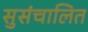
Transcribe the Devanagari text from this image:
सुसंचालित